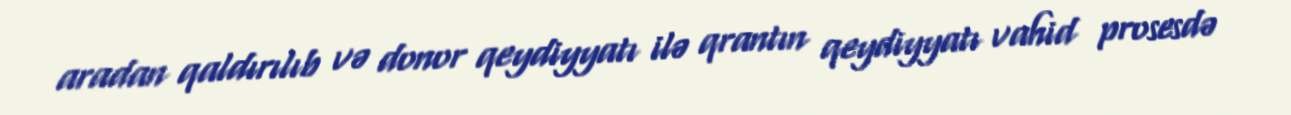
aradan qaldırılıb və donor qeydiyyatı ilə qrantın qeydiyyatı vahid prosesdə